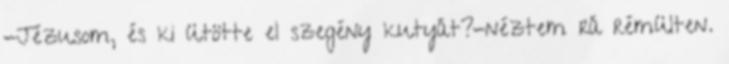
-Jézusom, és ki ütötte el szegény kutyát?-néztem rá rémülten.